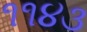
૧૧૪૩